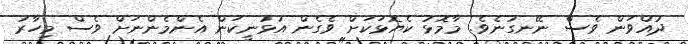
ދުއްވަން ވެސް ނޭނގުނެވެ. މާމޮޅު ކެޔޮޅަކަށް ވެގެން އުޅުނީކަން އެންމެންނަށް ވެސް މިހާރު